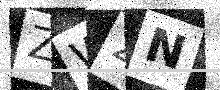
Text: ZW2N